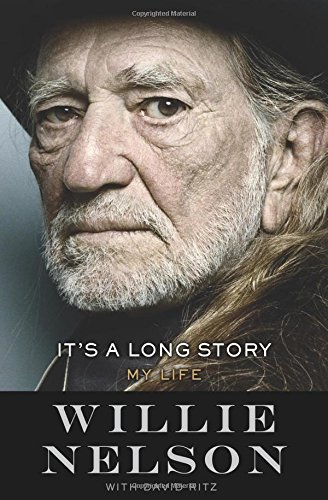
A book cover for It's a Long Story: My Life; Willie Nelson; Humor & Entertainment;